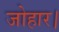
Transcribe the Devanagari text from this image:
जोहार।